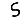
Digit: 5